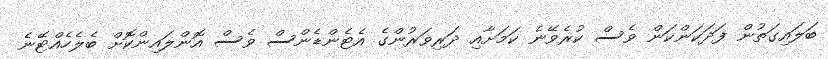
ބަލައިގަތުން ފަދަކަންކަން ވެސް ކުރެވޭނެ ކަމަށާއި ދަރިވަރުންގެ އެޓެންޑެންސް ވެސް އޮންލައިންކޮށް ބެލެހެއްޓޭނެ